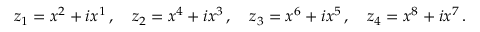
z _ { 1 } = x ^ { 2 } + i x ^ { 1 } \, , \quad z _ { 2 } = x ^ { 4 } + i x ^ { 3 } \, , \quad z _ { 3 } = x ^ { 6 } + i x ^ { 5 } \, , \quad z _ { 4 } = x ^ { 8 } + i x ^ { 7 } \, .